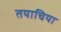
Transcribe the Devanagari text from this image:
तयाचिया